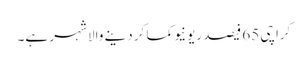
کراچی 65 فیصد ریونیو کما کر دینے والا شہر ہے۔